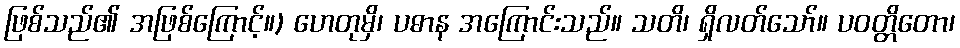
ဖြစ်သည်၏ အဖြစ်ကြောင့်။) ဟေတုမှိ၊ ပဓာန အကြောင်းသည်။ သတိ၊ ရှိလတ်သော်။ ပဝတ္တိတော၊